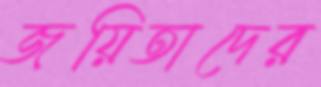
জয়িতাদের